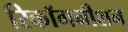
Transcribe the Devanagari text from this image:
रिकॉगनीशन